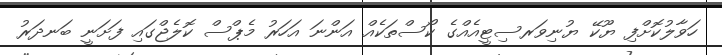
ހަވާލުކޮށްފި ޔޫކޭ ޔުނިވަރސިޓީއެއްގެ ކޯސްތަކެއް އަންނަ އަހަރު މެޕްސް ކޮލެޖްގައި ފަށަނީ ބަނދަރު